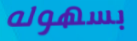
بسهوله